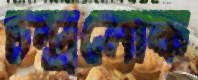
চন্দ্রলোক